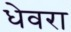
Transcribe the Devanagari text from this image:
धेवरा